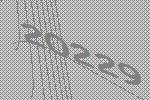
20229